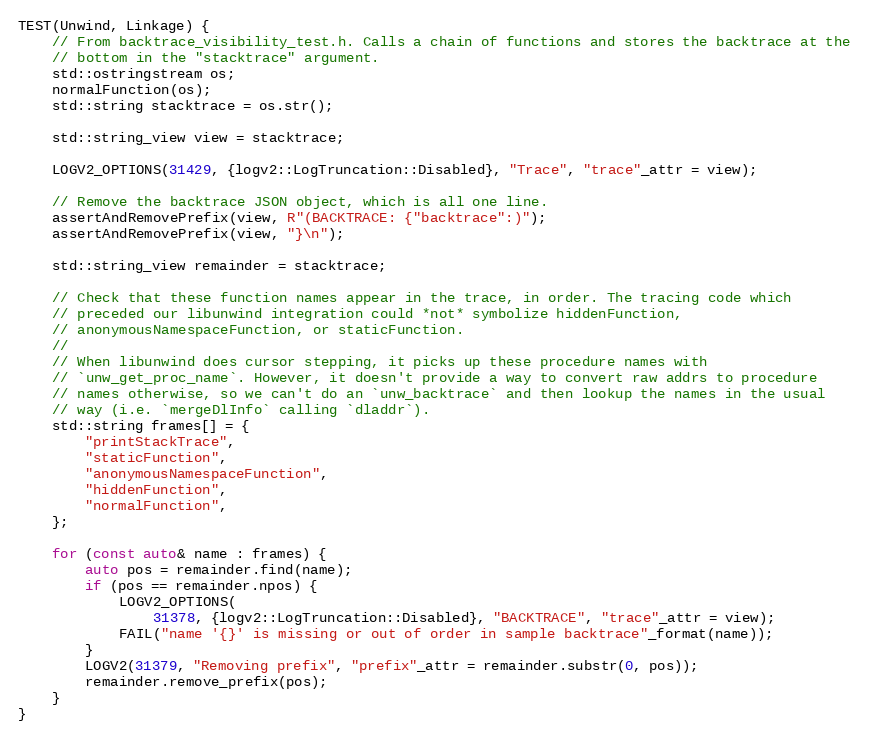
Language: C++
TEST(Unwind, Linkage) {
    // From backtrace_visibility_test.h. Calls a chain of functions and stores the backtrace at the
    // bottom in the "stacktrace" argument.
    std::ostringstream os;
    normalFunction(os);
    std::string stacktrace = os.str();

    std::string_view view = stacktrace;

    LOGV2_OPTIONS(31429, {logv2::LogTruncation::Disabled}, "Trace", "trace"_attr = view);

    // Remove the backtrace JSON object, which is all one line.
    assertAndRemovePrefix(view, R"(BACKTRACE: {"backtrace":)");
    assertAndRemovePrefix(view, "}\n");

    std::string_view remainder = stacktrace;

    // Check that these function names appear in the trace, in order. The tracing code which
    // preceded our libunwind integration could *not* symbolize hiddenFunction,
    // anonymousNamespaceFunction, or staticFunction.
    //
    // When libunwind does cursor stepping, it picks up these procedure names with
    // `unw_get_proc_name`. However, it doesn't provide a way to convert raw addrs to procedure
    // names otherwise, so we can't do an `unw_backtrace` and then lookup the names in the usual
    // way (i.e. `mergeDlInfo` calling `dladdr`).
    std::string frames[] = {
        "printStackTrace",
        "staticFunction",
        "anonymousNamespaceFunction",
        "hiddenFunction",
        "normalFunction",
    };

    for (const auto& name : frames) {
        auto pos = remainder.find(name);
        if (pos == remainder.npos) {
            LOGV2_OPTIONS(
                31378, {logv2::LogTruncation::Disabled}, "BACKTRACE", "trace"_attr = view);
            FAIL("name '{}' is missing or out of order in sample backtrace"_format(name));
        }
        LOGV2(31379, "Removing prefix", "prefix"_attr = remainder.substr(0, pos));
        remainder.remove_prefix(pos);
    }
}